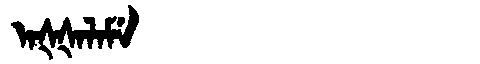
Manchu: ᠠᡧᡧᠠᠯᠠᠮᡝ
Romanization: AŠŠALAME